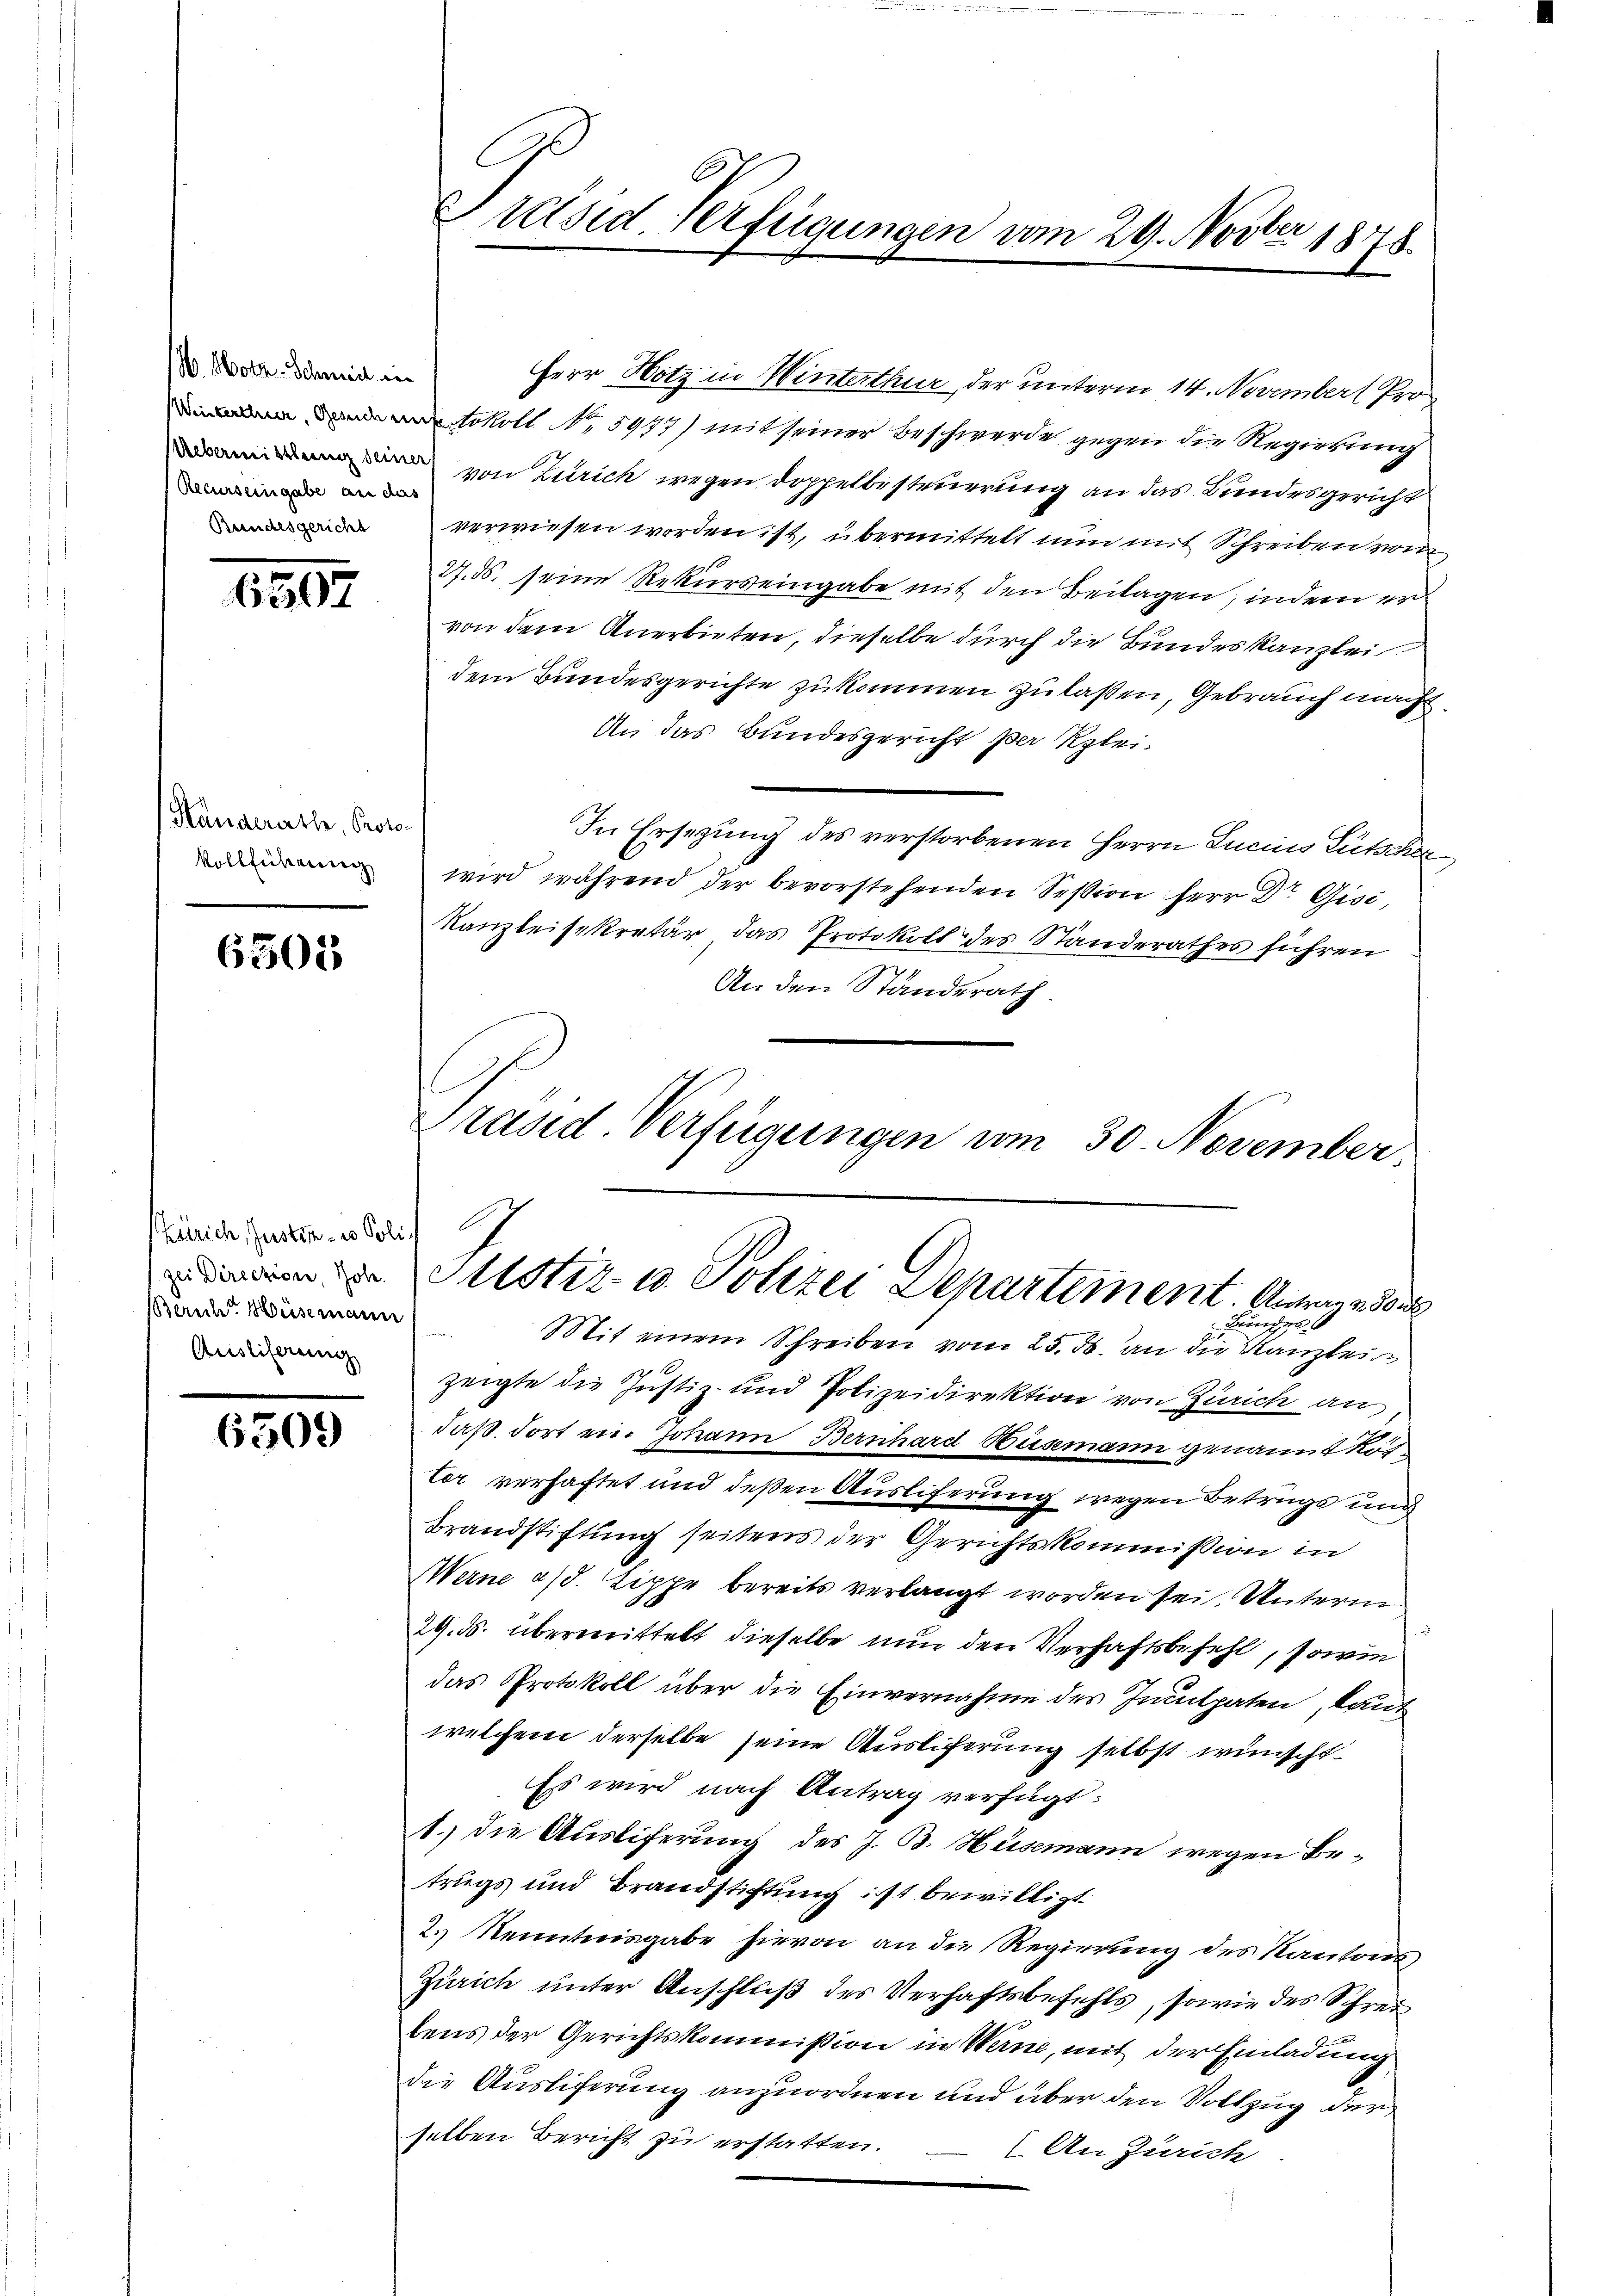
. Obotr. Schanic in
Recurs eingabe an das
Bunchesgericht

6507

Handerath, Protokollführung

6501

Zürich, Justiz- u Polizei Direction, Hohe
BBerich Hüsemann
Aristiferung

6509

.

Präsid. Verfügungen vom 29. Novber 1878.

Herr Hotz in Winterthur der unterm 14. November Pro
tokoll No 5977) mit seiner Beschwerde gegen die Regirkung
 von Zürich wegen Doppelbesteuerung an das Bundesgericht
verwiesen worden ist, übermittelt nun mit Schreiben vom
27. ds. seine Rekurs eingabe mit den Beilagen, indem er
von dem Anerbieten, dieselbe durch die Bundeskanzlei
dem Bundesgerichte zukommen zu laßen, Gebrauch macht
An das Bundesgericht der Klei¬
In Ersezung des verstorbenen Herrn Lucius Lütscher
wird während der bevorstehenden Session Herr Dr. Gisi,
Kanzleisekretär das Protokoll des Standerathes führen
An den Standerath.
Prasd Verfügungen vom 30. November,

Sistiz- u. Polizei Departement. Antrag de
Bunden

Mit einem Schreiben vom 25. ds. an die Kanzlei
zeigte die Justiz- und Polizeidirektion von Zürich an
daß, dort ein Johann Bernhard Bismann genannt Rottor verhaftet und deßen Ausliferung wegen Betrugs und
Brandstiftung seitens der Gerichtskommission in
Merne a/d. Lippe bereits verlangt worden sei. Unterm
29. ds. übermittelt dieselbe nun den Verhaftsbefehl, sowie
das Protokoll über die Einvernahme des Inculpaten, kauf
welchem derselbe seine Auslieferung selbst wünscht.
Es wird nach Antrag verfügt:
1.) Die Ausliferung des J. B. Hüsemann wegen Betrugs und Brandstiftung ist bewilligt.
2.) Kenntnisgabe hievon an die Regierung des Kantons
Zürich unter Anschluß des Verhaftsbefehls, sowie des Schreitens der Gerichtskommission in Werne, mit der Einladung
Die Ausliferung anzuordnen und über den Vollzug der
selben Bericht zu erstatten.
An Zürich